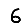
Digit: 6